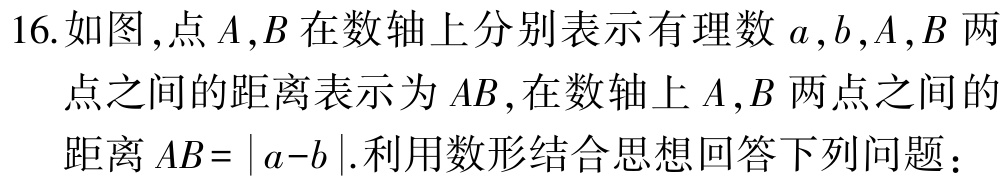
16.如图,点\(A,B\)在数轴上分别表示有理数\(a,b\),\(A,B\)两点之间的距离表示为\(AB\),在数轴上\(A,B\)两点之间的距离\(AB = |a - b|\).利用数形结合思想回答下列问题：